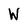
Character: W